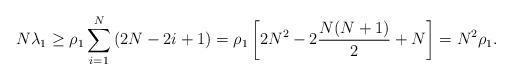
LaTeX: \begin{align*} N \lambda_1 & \geq \rho_1 \sum_{i=1}^N \left( 2 N - 2i + 1 \right) = \rho_1 \left[ 2 N^2 - 2 \frac{N(N+1)}{2} + N \right] = N^2 \rho_1. \end{align*}